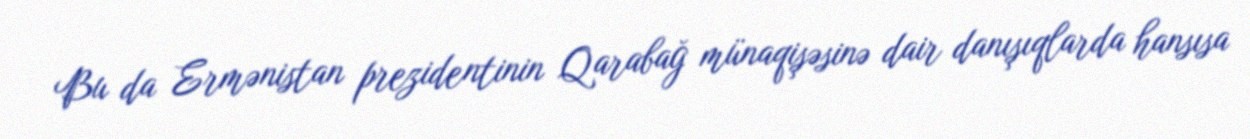
Bu da Ermənistan prezidentinin Qarabağ münaqişəsinə dair danışıqlarda hansısa